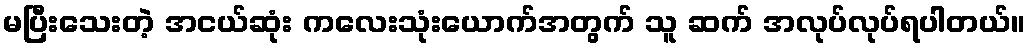
မပြီးသေးတဲ့ အငယ်ဆုံး ကလေးသုံးယောက်အတွက် သူ ဆက် အလုပ်လုပ်ရပါတယ်။